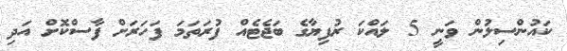
ކައުންސިލުން ވަނީ 5 ލައްކަ ރުފިޔާގެ ބަޖެޓެއް ފުރަތަމަ ފަހަރަށް ފާސްކޮށް އަދި